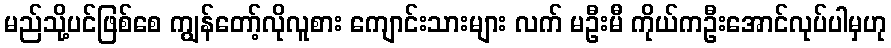
မည်သို့ပင်ဖြစ်စေ ကျွန်တော့်လိုလူစား ကျောင်းသားများ လက် မဦးမီ ကိုယ်ကဦးအောင်လုပ်ပါမှဟု